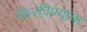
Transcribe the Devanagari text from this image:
फिरविण्याचा